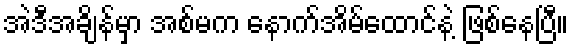
အဲဒီအချိန်မှာ အစ်မက နောက်အိမ်ထောင်နဲ့ ဖြစ်နေပြီ။